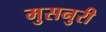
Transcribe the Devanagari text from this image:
मुसनुरी